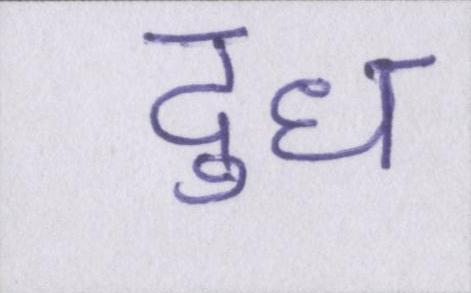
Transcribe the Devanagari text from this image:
दुध